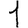
Digit: 1